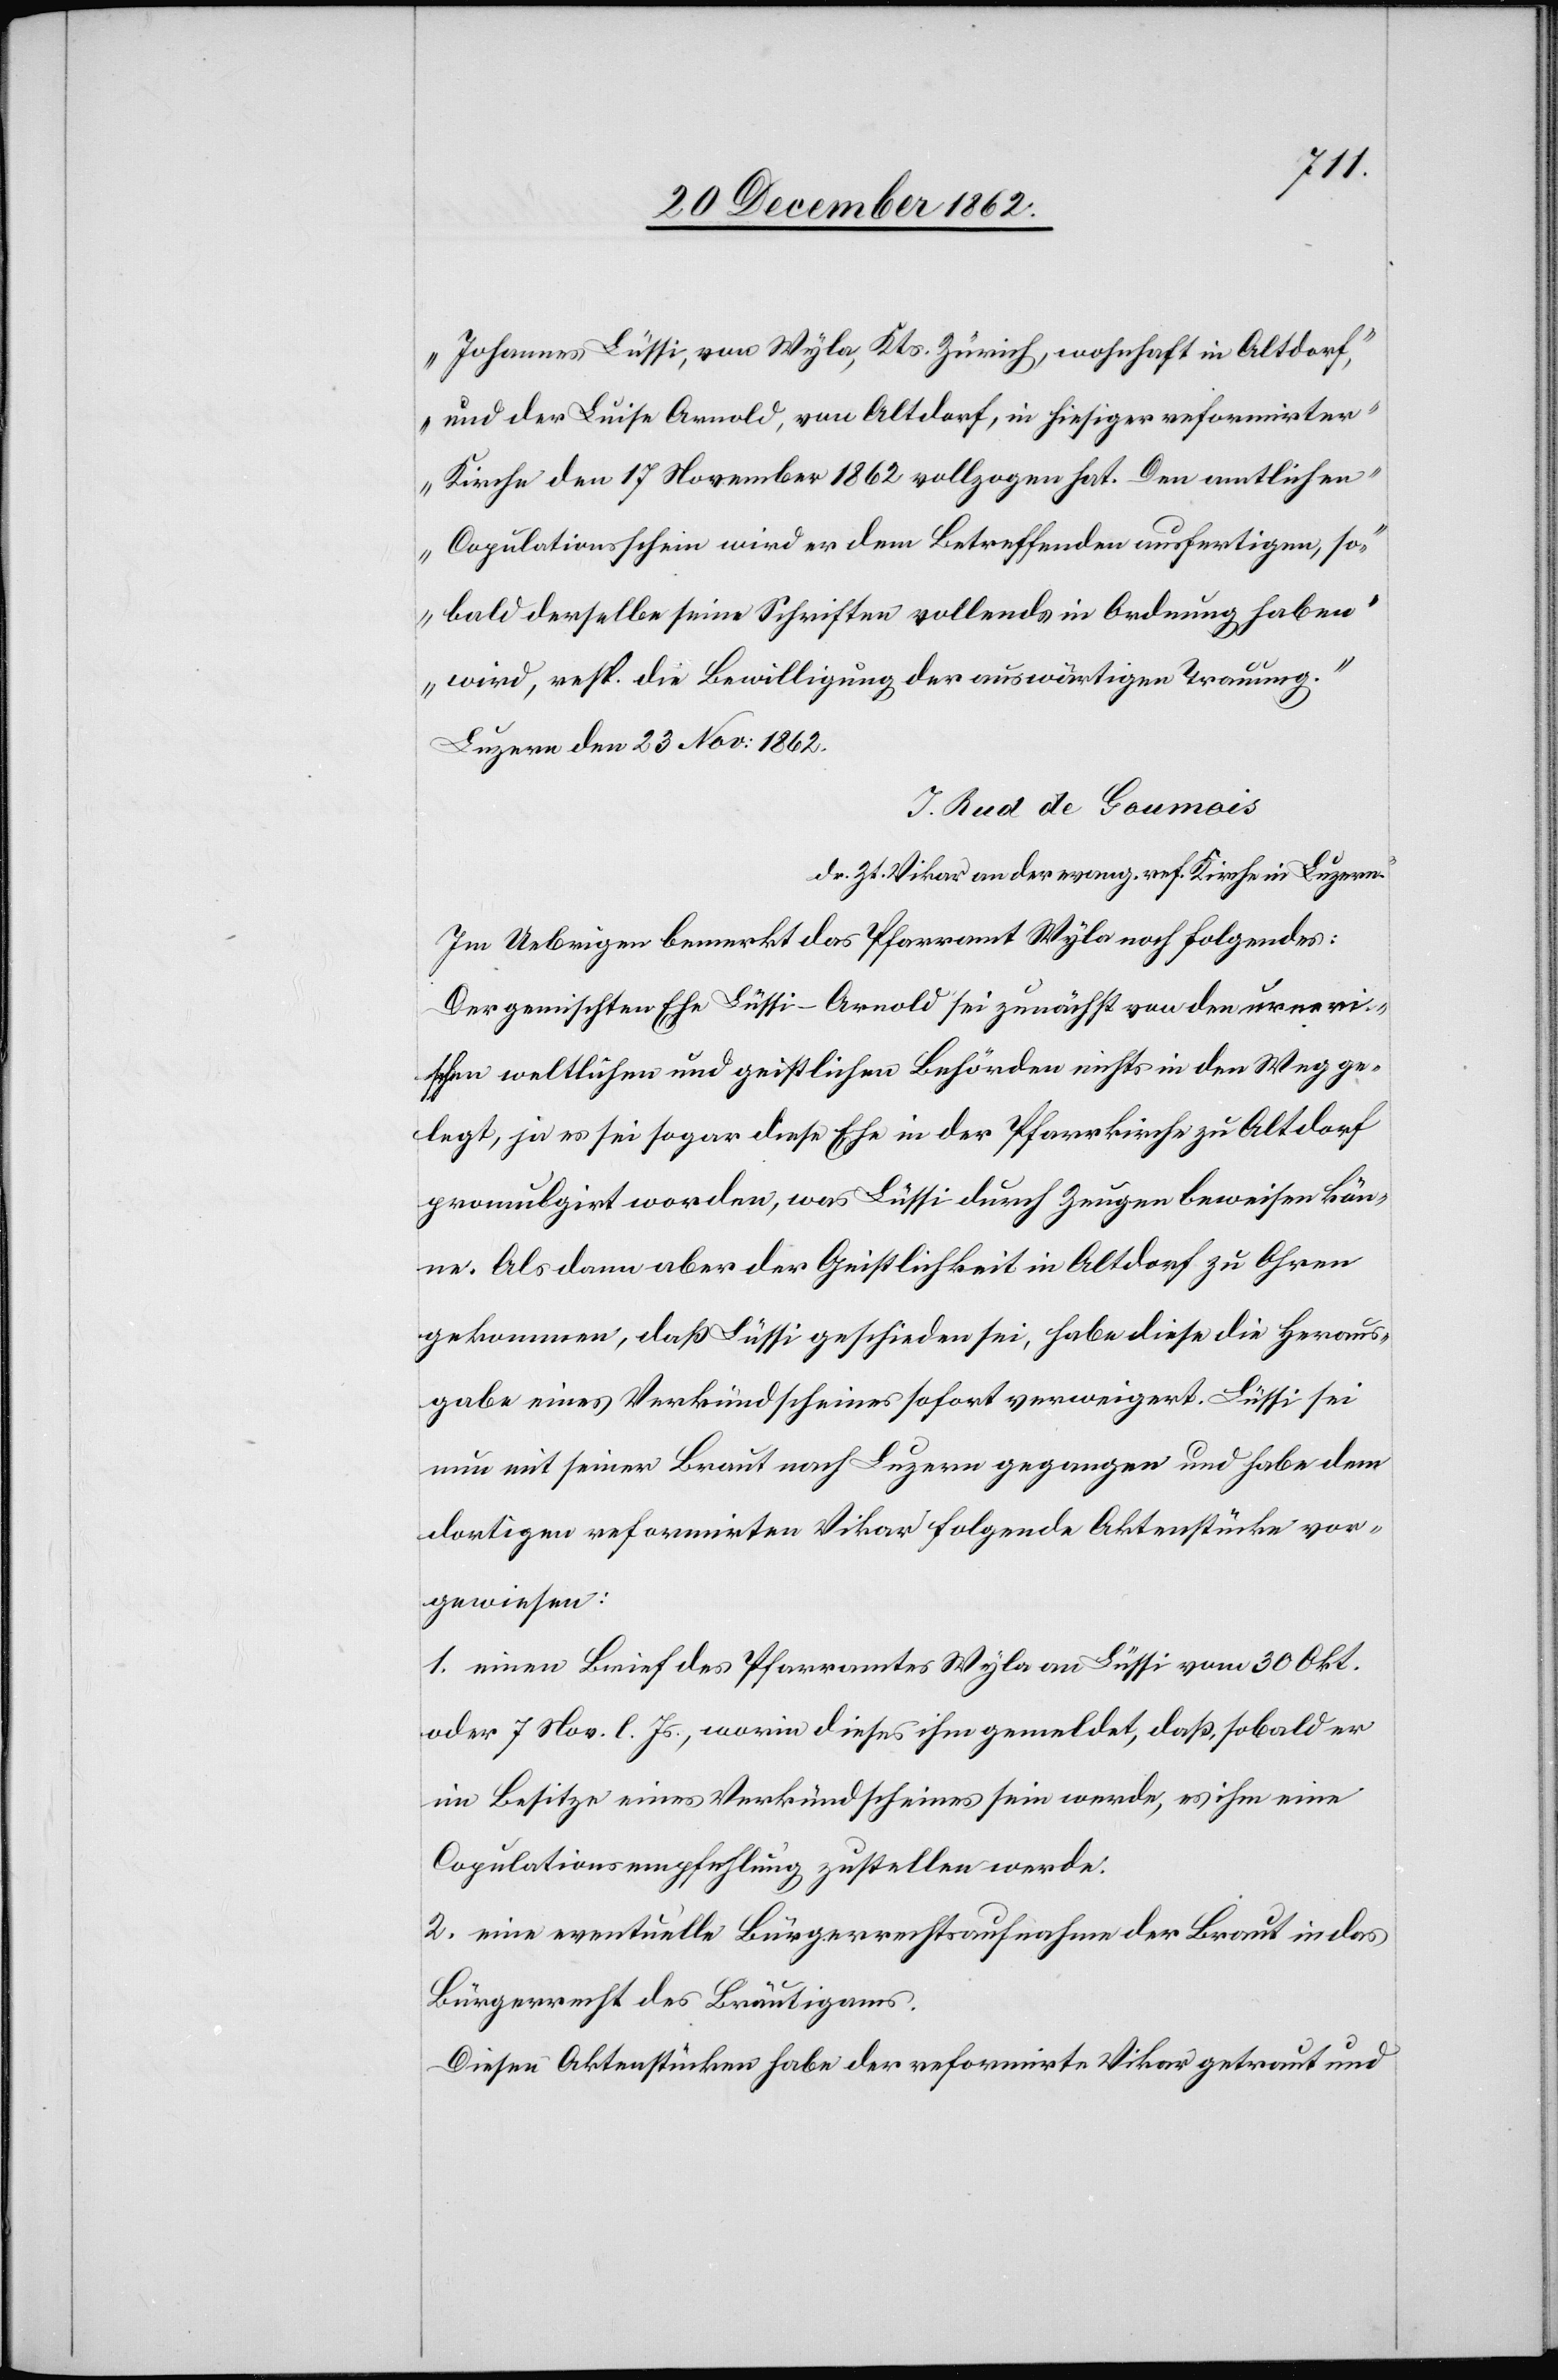
Johannes Lüssi, von Wyla, Kts. Zürich, wohnhaft in Altdorf,
und der Luise Arnold, von Altdorf, in hiesiger reformirter
Kirche den 17. November 1862 vollzogen hat. Den amtlichen
Copulationsschein wird er dem Betreffenden ausfertigen, so¬
bald derselbe seine Schriften vollends in Ordnung haben
wird, resp. die Bewilligung der auswärtigen Trauung.“
Luzern den 23. Nov: 1862.
J. Rud de Goumois
ds. Zt. Vikar an der evang. ref. Kirche in Luzern.
Im Uebrigen bemerkt das Pfarramt Wyla noch folgendes:
der gemischten Ehe Lüssi-Arnold sei zunächst von den urneri¬
schen weltlichen und geistlichen Behörden nichts in den Weg ge¬
legt, ja es sei sogar diese Ehe in der Pfarrkirche zu Altdorf
promulgirt worden, was Lüssi durch Zeugen beweisen kön¬
ne. Als dann aber der Geistlichkeit in Altdorf zu Ohren
gekommen, daß Lüssi geschieden sei, habe diese die Heraus¬
gabe eines Verkündscheines sofort verweigert. Lüssi sei
nun mit seiner Braut nach Luzern gegangen und habe dem
dortigen reformirten Vikar folgende Aktenstücke vor¬
gewiesen:
1. einen Brief des Pfarramtes Wyla an Lüssi vom 30. Okt.
oder 7. Nov. l. Js., worin dieses ihm gemeldet, daß sobald er
im Besitze eines Verkündscheines sein werde, es ihm eine
Copulationsempfehlung zustellen werde.
2. eine eventuelle Bürgerrechtsaufnahme der Braut in das
Bürgerrecht des Bräutigams.
Diesen Aktenstücken habe der reformirte Vikar getraut und